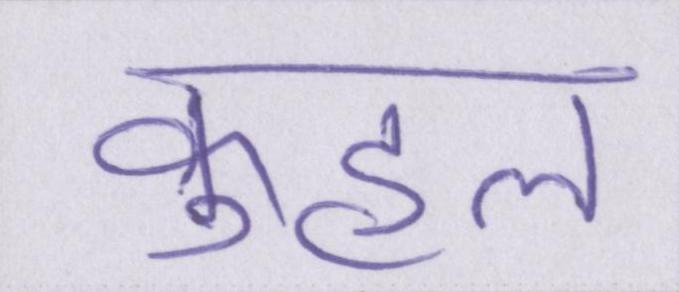
कुहल